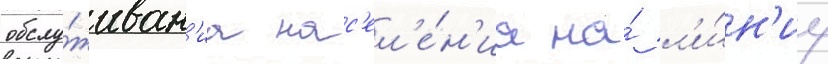
обслу́живан'иа нас'ел'е́н'иа на́ л'и́н'иу